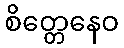
စိတ္တေနေဝ